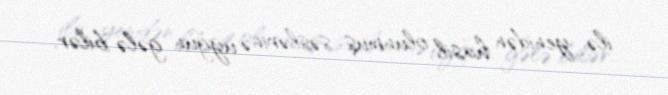
ilə yenidən hasil olunmuş səslərinə uyğun gələ bilər.